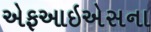
એફઆઇએસના